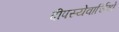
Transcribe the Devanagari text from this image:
दीपस्येवार्चिषो